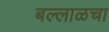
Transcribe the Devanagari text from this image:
बल्लाळचा